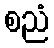
စညံ